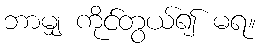
ဘာမျှ ကိုင်တွယ်၍ မရ။